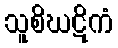
သူစိဃဋိကံ